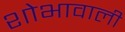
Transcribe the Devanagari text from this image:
शोभावाली